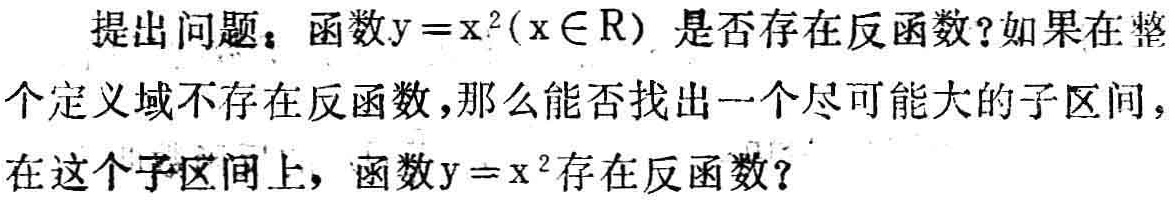
提出问题：函数\(y = x^{2}(x\in\mathbb{R})\)是否存在反函数？如果在整个定义域不存在反函数，那么能否找出一个尽可能大的子区间，在这个子区间上，函数\(y = x^{2}\)存在反函数？